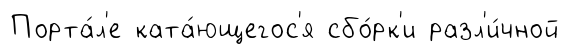
Порта́л'е ката́ющегос'я сбо́рк'и разл'и́чной